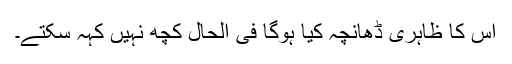
اس کا ظاہری ڈھانچہ کیا ہوگا فی الحال کچھ نہیں کہہ سکتے۔